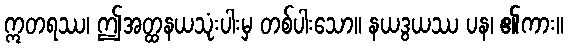
ဣတရဿ၊ ဤအတ္ထနယသုံးပါးမှ တစ်ပါးသော။ နယဒွယဿ ပန၊ ၏ကား။